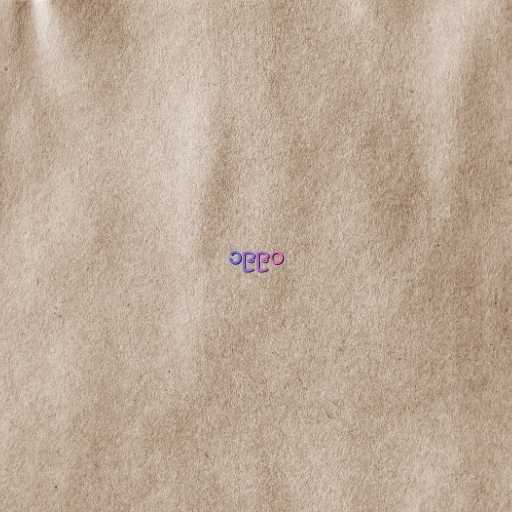
၁၉၉၀